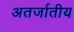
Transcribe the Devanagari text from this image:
अतर्जातीय